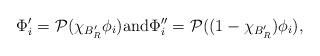
LaTeX: \begin{align*}\Phi_i'= \mathcal{P}(\chi_{B'_{R}} \phi_i) \mbox{and} \Phi_i''= \mathcal{P}((1-\chi_{B'_{R}} ) \phi_i),\end{align*}